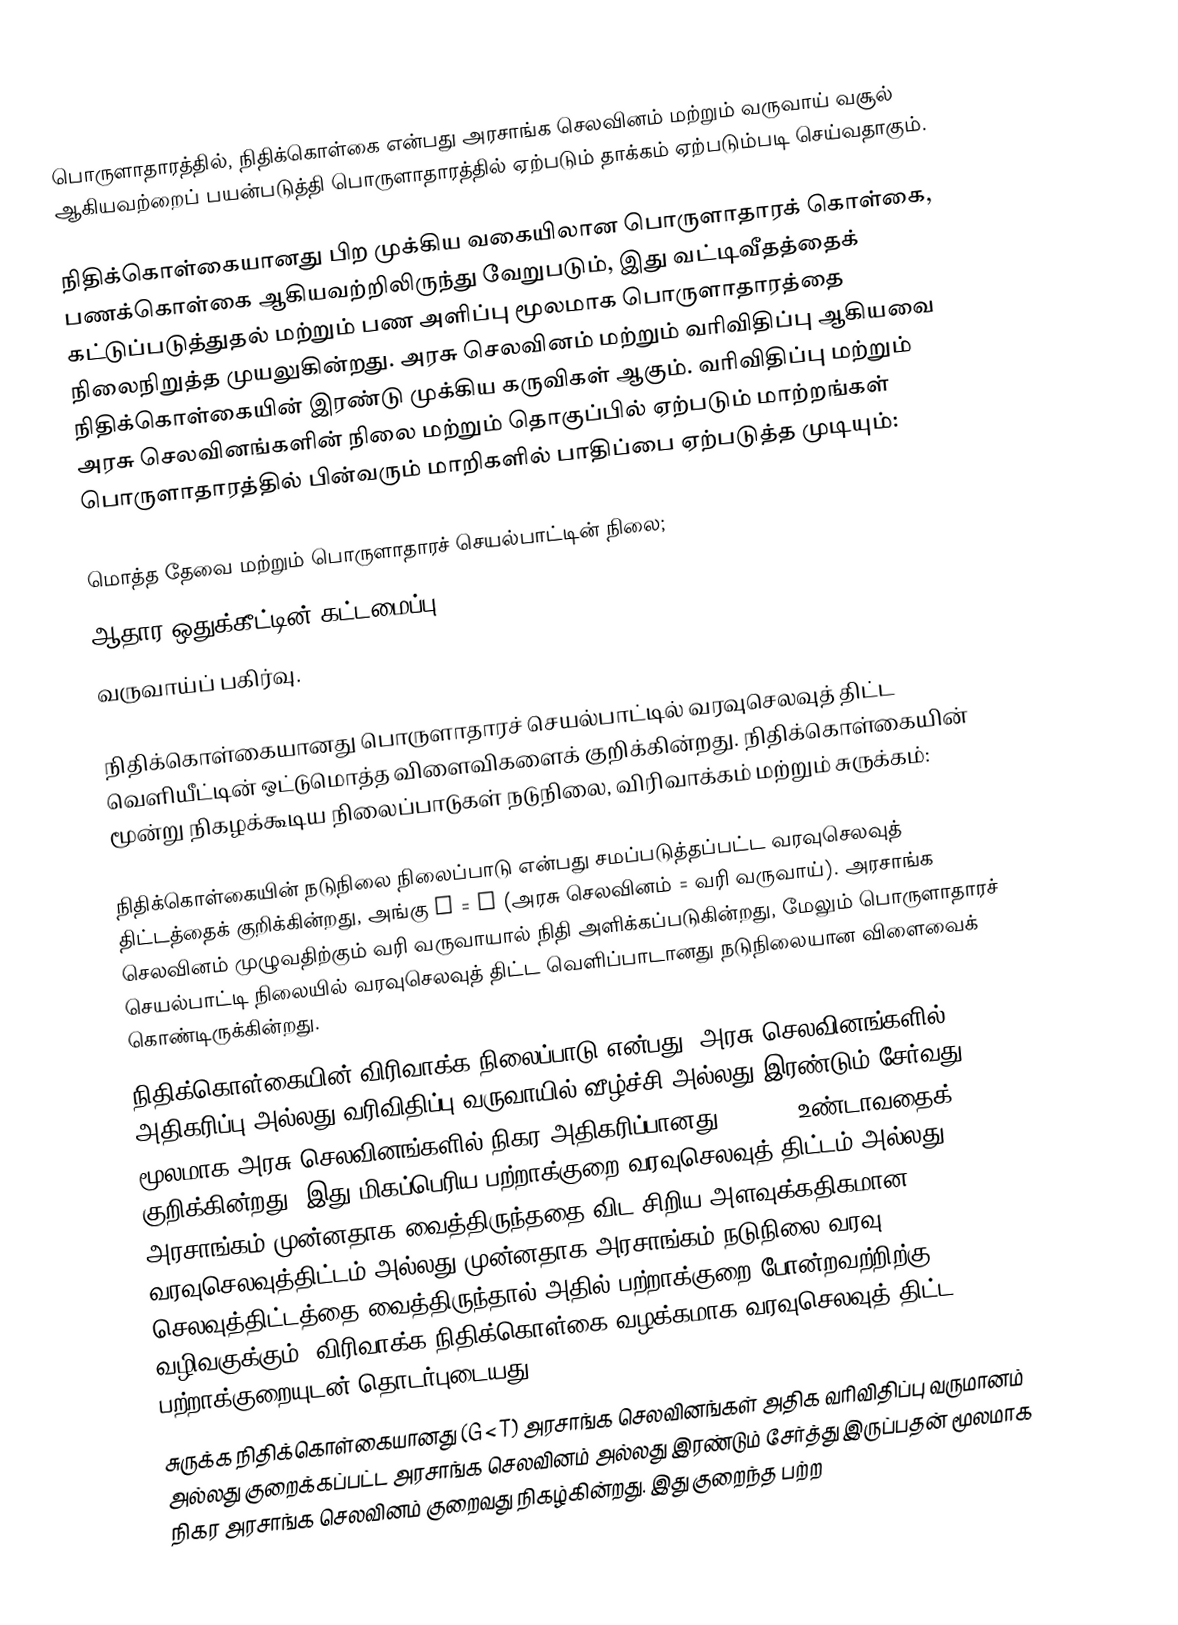
பொருளாதாரத்தில், நிதிக்கொள்கை என்பது அரசாங்க செலவினம் மற்றும் வருவாய் வசூல் ஆகியவற்றைப் பயன்படுத்தி பொருளாதாரத்தில் ஏற்படும் தாக்கம் ஏற்படும்படி செய்வதாகும்.

நிதிக்கொள்கையானது பிற முக்கிய வகையிலான பொருளாதாரக் கொள்கை, பணக்கொள்கை ஆகியவற்றிலிருந்து வேறுபடும், இது வட்டிவீதத்தைக் கட்டுப்படுத்துதல் மற்றும் பண அளிப்பு மூலமாக பொருளாதாரத்தை நிலைநிறுத்த முயலுகின்றது. அரசு செலவினம் மற்றும் வரிவிதிப்பு ஆகியவை நிதிக்கொள்கையின் இரண்டு முக்கிய கருவிகள் ஆகும். வரிவிதிப்பு மற்றும் அரசு செலவினங்களின் நிலை மற்றும் தொகுப்பில் ஏற்படும் மாற்றங்கள் பொருளாதாரத்தில் பின்வரும் மாறிகளில் பாதிப்பை ஏற்படுத்த முடியும்:

 மொத்த தேவை மற்றும் பொருளாதாரச் செயல்பாட்டின் நிலை;
 ஆதார ஒதுக்கீட்டின் கட்டமைப்பு;
 வருவாய்ப் பகிர்வு.

நிதிக்கொள்கையானது பொருளாதாரச் செயல்பாட்டில் வரவுசெலவுத் திட்ட வெளியீட்டின் ஒட்டுமொத்த விளைவிகளைக் குறிக்கின்றது. நிதிக்கொள்கையின் மூன்று நிகழக்கூடிய நிலைப்பாடுகள் நடுநிலை, விரிவாக்கம் மற்றும் சுருக்கம்:

 நிதிக்கொள்கையின் நடுநிலை நிலைப்பாடு என்பது சமப்படுத்தப்பட்ட வரவுசெலவுத் திட்டத்தைக் குறிக்கின்றது, அங்கு G = T (அரசு செலவினம் = வரி வருவாய்). அரசாங்க செலவினம் முழுவதிற்கும் வரி வருவாயால் நிதி அளிக்கப்படுகின்றது, மேலும் பொருளாதாரச் செயல்பாட்டி நிலையில் வரவுசெலவுத் திட்ட வெளிப்பாடானது நடுநிலையான விளைவைக் கொண்டிருக்கின்றது.
 நிதிக்கொள்கையின் விரிவாக்க நிலைப்பாடு என்பது, அரசு செலவினங்களில் அதிகரிப்பு அல்லது வரிவிதிப்பு வருவாயில் வீழ்ச்சி அல்லது இரண்டும் சேர்வது மூலமாக அரசு செலவினங்களில் நிகர அதிகரிப்பானது (G > T) உண்டாவதைக் குறிக்கின்றது. இது மிகப்பெரிய பற்றாக்குறை வரவுசெலவுத் திட்டம் அல்லது அரசாங்கம் முன்னதாக வைத்திருந்ததை விட சிறிய அளவுக்கதிகமான வரவுசெலவுத்திட்டம் அல்லது முன்னதாக அரசாங்கம் நடுநிலை வரவு செலவுத்திட்டத்தை வைத்திருந்தால் அதில் பற்றாக்குறை போன்றவற்றிற்கு வழிவகுக்கும். விரிவாக்க நிதிக்கொள்கை வழக்கமாக வரவுசெலவுத் திட்ட பற்றாக்குறையுடன் தொடர்புடையது.
 சுருக்க நிதிக்கொள்கையானது (G < T) அரசாங்க செலவினங்கள் அதிக வரிவிதிப்பு வருமானம் அல்லது குறைக்கப்பட்ட அரசாங்க செலவினம் அல்லது இரண்டும் சேர்த்து இருப்பதன் மூலமாக நிகர அரசாங்க செலவினம் குறைவது நிகழ்கின்றது. இது குறைந்த பற்ற